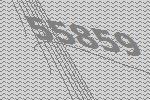
55859